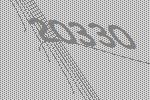
20330